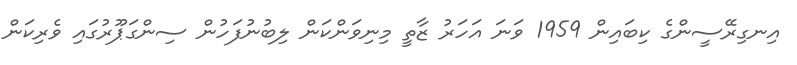
އިނގިރޭސީންގެ ކިބައިން 1959 ވަނަ އަހަރު ޒާތީ މިނިވަންކަން ލިބުނުފަހުން ސިންގަޕޫރުގައި ވެރިކަން